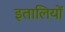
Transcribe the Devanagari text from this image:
इतालियों